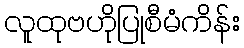
လူထုဗဟိုပြုစီမံကိန်း